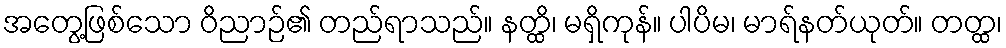
အတွေ့ဖြစ်သော ဝိညာဉ်၏ တည်ရာသည်။ နတ္ထိ၊ မရှိကုန်။ ပါပိမ၊ မာရ်နတ်ယုတ်။ တတ္ထ၊